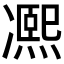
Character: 𠘕